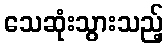
သေဆုံးသွားသည့်